Report on sanitation, dispensaries, and jails in Rajputana for 1921, and on vaccination for the year 1921-1922 - 1921-1922
Year: 1921
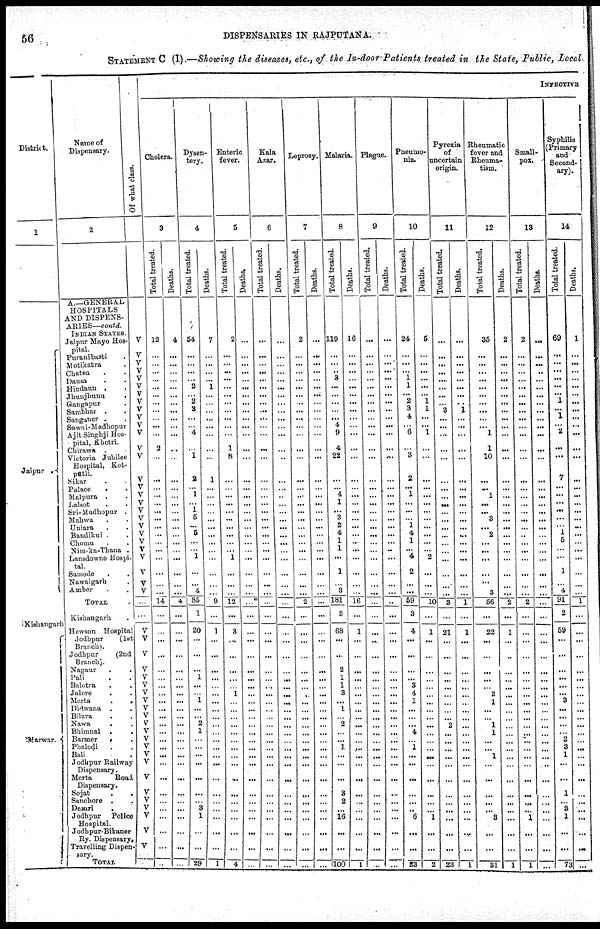
56
DISPENSARIES IN RAJPUTANA.
STATEMENT C (I).—Showing the diseases, etc., of the In-door Patients treated in the State, Public, Local
Distcrict.
1
Jaipur .
Kishangarh
Marwar.
Name of
Dispensary.
Of what class.
2
A.—GENERAL
HOSPITALS
AND DISPENS-
ARIES— contd.
INDIAN STATES.
Jaipur Mayo Hos-
pital.
Puranibasti .
Motikatra .
Chatsu . .
Dausa . .
Hindaun . .
Jhunjhunu
.
Gangapur
.
Sambhar . .
Sanganer . .
Sawai-Madhopur
Ajit Singhji Hos-
pital, Khetri.
Chirawa .
Victoria Jubilee
Hospital, Kot¬
patli.
Sikar . .
Palace
. .
Malpura . .
Lalsot
.
.
Sri-Madhopur .
Mahwa . .
Uniara . .
Bandikui . .
Chomu . .
Nim-ka-Thana .
Lansdowne Hospi-
tal.
Samode . .
Nawalgarh .
Amber . .
TOTAL .
Kishangarh .
Hewson Hospital
Jodhpur
(1st
Branch).
Jodhpur
(2nd
Branch).
Nagaur
.
.
Pali . .
Balotra . .
Jalore
. .
Merta
.
.
Didwana . .
Bilara
. .
Nawa
. .
Bhimnal .
.
Barmer
.
.
Phalodi . .
Bali .
Jodhpur Railway
Dispensary.
Merta
Road
Dispensary.
Sojat
.
.
Sanchore . .
Desuri .
Jodhpur Police
Hospital.
Jodhpur-Bikaner
Ry. Dispensary.
Travelling Dispen-
sary.
TOTAL
V
V
V
V
V
V
V
V
V
V
V
V
V
V
V
V
V
V
V
V
V
V
V
V
V
V
V
V
...
...
V
V
V
V
V
V
V
V
V
V
V
V
V
V
V
V
V
V
V
V
V
V
V
...
INFECTIVE
Cholera.
3
Total treated.
12
...
...
... ...
...
...
...
...
...
...
...
2
...
...
...
...
...
...
...
...
...
...
...
...
...
...
...
14
...
...
...
...
...
...
...
...
...
...
...
...
...
...
...
... ...
...
...
...
...
...
...
...
...
Deaths.
4
...
...
...
...
...
...
...
...
...
...
...
...
...
...
...
...
...
...
...
...
...
...
...
...
...
...
...
4
...
...
...
...
...
...
...
...
...
...
...
...
...
...
...
... ...
...
...
...
...
...
...
...
...
Dysen-
tery.
4
Total treated.
54
...
...
... ...
2
... 2
3
...
... 4
... 1
2
...
...
...
1 5
... 5
...
... 1
...
...
4
85
1
20
...
...
... 1
...
... 1
...
... 2
1
...
...
... ...
...
...
... 3
1
...
...
29
Deaths.
7
...
...
...
...
1
... ...
...
...
...
...
...
...
1
...
...
...
...
...
...
...
...
...
...
...
...
...
9
...
1
...
...
...
...
...
...
...
...
...
...
...
...
...
... ...
...
...
...
...
...
...
...
1
Enteric
fever.
5
Total treated.
2
...
...
...
...
...
...
...
...
...
...
...
1
8
...
...
...
...
...
...
...
...
...
... 1
...
...
...
12
...
3
...
...
...
...
... 1
...
...
...
...
...
...
...
... ...
...
...
...
...
...
...
...
4
Deaths.
...
...
...
... ...
...
...
...
...
...
...
...
...
...
...
...
...
...
...
...
...
...
...
...
...
...
...
...
...
...
...
...
...
...
...
...
...
...
...
...
...
...
...
...
... ...
...
...
...
...
...
...
...
...
Kala
Azar.
6
Total treated.
...
...
...
... ...
...
...
...
...
...
...
...
...
...
...
...
...
...
...
...
...
...
...
...
...
...
...
...
...
...
...
...
...
...
...
...
...
...
...
...
...
...
...
...
... ...
...
...
...
...
...
...
...
...
Deaths.
...
...
...
...
...
...
...
...
...
...
...
...
...
...
...
...
...
...
...
...
...
...
...
...
...
...
...
...
...
...
...
...
...
...
...
...
...
...
...
...
...
...
...
...
... ...
...
...
...
...
...
...
...
...
Leprosy.
7
Total treated.
2
...
...
... ...
...
...
...
...
...
...
...
...
...
...
...
...
...
...
...
...
...
...
...
...
...
...
...
2
...
...
...
...
...
...
...
...
...
...
...
...
...
...
...
... ...
...
...
...
...
...
...
...
...
Deaths.
...
...
...
... ...
...
...
...
...
...
...
...
...
...
...
...
...
...
...
...
...
...
...
...
...
...
...
...
...
...
...
...
...
...
...
...
...
...
...
...
...
...
...
...
... ...
...
...
...
...
...
...
...
...
Malaria.
8
Total treated.
119
...
...
... 3
...
...
...
...
... 4
9
4
22
...
...
... 1
...
3
2
4
1
1
...
1
...
3
181
3
68
...
...
2
1
1
3
... 1
... 2
...
...
1
... ...
...
3
2
... 16
...
...
100
Deaths.
16
...
...
... ...
...
...
...
...
...
...
...
...
...
...
...
...
...
...
...
...
...
...
...
...
...
...
...
16
...
1
...
...
...
...
...
...
...
...
...
...
...
...
...
... ...
...
...
...
...
...
...
...
1
Plague.
9
Total treated.
...
...
...
...
...
...
...
...
...
...
...
...
...
...
...
...
...
...
...
...
...
...
...
...
...
...
...
...
...
...
...
...
...
...
...
...
...
...
...
...
...
...
...
...
... ...
...
...
...
...
...
...
...
...
Deaths.
...
...
...
... ...
...
...
...
...
...
...
...
...
...
...
...
...
...
...
...
...
...
...
...
...
...
...
...
...
...
...
...
...
...
...
...
...
...
...
...
...
...
...
...
... ...
...
...
...
...
...
...
...
...
Pneumo-
nia.
10
Total treated.
24
...
...
... 1
1
... 2
3
...
... 6
... 3
2
...
...
...
...
...
1
4
1
... 4
2
...
...
59
3
4
...
...
...
... 3
4
1
...
...
... 4
...
1
... ...
...
...
...
... 6
...
...
23
Deaths.
5
...
...
... ...
...
... 1
1
...
... 1
...
...
...
...
...
...
...
...
...
...
...
... 2
...
...
...
10
...
1
...
...
...
...
...
...
...
...
...
...
...
...
...
... ...
...
...
...
...
1
...
...
2
Pyrexia
of
uncertain
origin.
11
Total treated.
...
...
...
... ....
...
...
...
3
...
...
...
...
...
...
...
...
...
...
...
...
...
...
...
...
...
...
...
3
...
21
...
...
...
...
...
...
...
...
...
2
...
...
...
...
...
...
...
...
...
...
...
...
23
Deaths.
...
...
...
...
...
...
... ...
1
...
...
...
...
...
...
...
...
...
...
...
...
...
...
...
...
...
...
...
1
...
1
...
...
...
...
...
...
...
...
...
...
...
...
...
... ...
...
...
...
...
...
...
...
1
Rheumatic
fever and
Rheuma-
tism.
12
Total treated.
35
...
...
... ...
...
...
...
...
...
... 1
1
10
...
...
1
...
...
3
... 2
...
...
...
...
...
3
56
...
22
...
...
...
...
...
2
1
...
...
1
1
...
...
1
...
...
...
...
...
3
...
...
31
Deaths.
2
...
...
...
...
...
... ...
...
...
...
...
...
...
...
...
...
...
...
...
...
...
...
...
...
...
...
...
2
...
1
...
...
...
...
...
...
...
...
...
...
...
...
...
...
...
...
...
...
...
...
...
...
1
Small¬
pox.
13
Total treated.
2
...
...
... ...
...
...
...
...
...
...
...
...
...
...
...
...
...
...
...
...
...
...
...
...
...
...
...
2
...
...
...
...
...
...
...
...
...
...
...
...
...
...
...
...
...
...
...
...
...
1
...
...
1
Deaths.
...
...
...
...
...
...
...
...
...
...
...
...
...
...
...
...
...
...
...
...
...
...
...
...
...
...
...
...
...
...
...
...
...
...
...
...
...
...
...
...
...
...
...
...
...
...
...
...
...
...
...
...
...
...
Syphilis
(Primary
and
Second¬
ary).
14
Total treated.
69
...
...
... ...
...
... 1
...
1
... 2
...
...
7
...
...
...
...
...
... 1
5
...
...
1
...
4
91
2
59
...
...
...
...
...
... 3
...
...
...
...
2
3
1
...
...
1
... 3
1
...
...
73
Deaths.
1
...
...
... ...
...
...
...
...
...
...
...
...
...
...
...
...
...
...
...
...
...
...
...
...
...
...
...
1
...
...
...
...
...
...
...
...
...
...
...
...
...
...
...
... ...
...
...
...
...
...
...
...
...